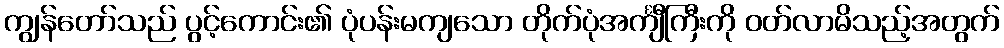
ကျွန်တော်သည် ပွင့်ကောင်း၏ ပုံပန်းမကျသော တိုက်ပုံအင်္ကျီကြီးကို ဝတ်လာမိသည့်အတွက်